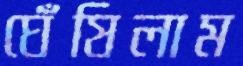
ঘেঁষিলাম